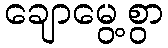
ချောမွေ့စွာ